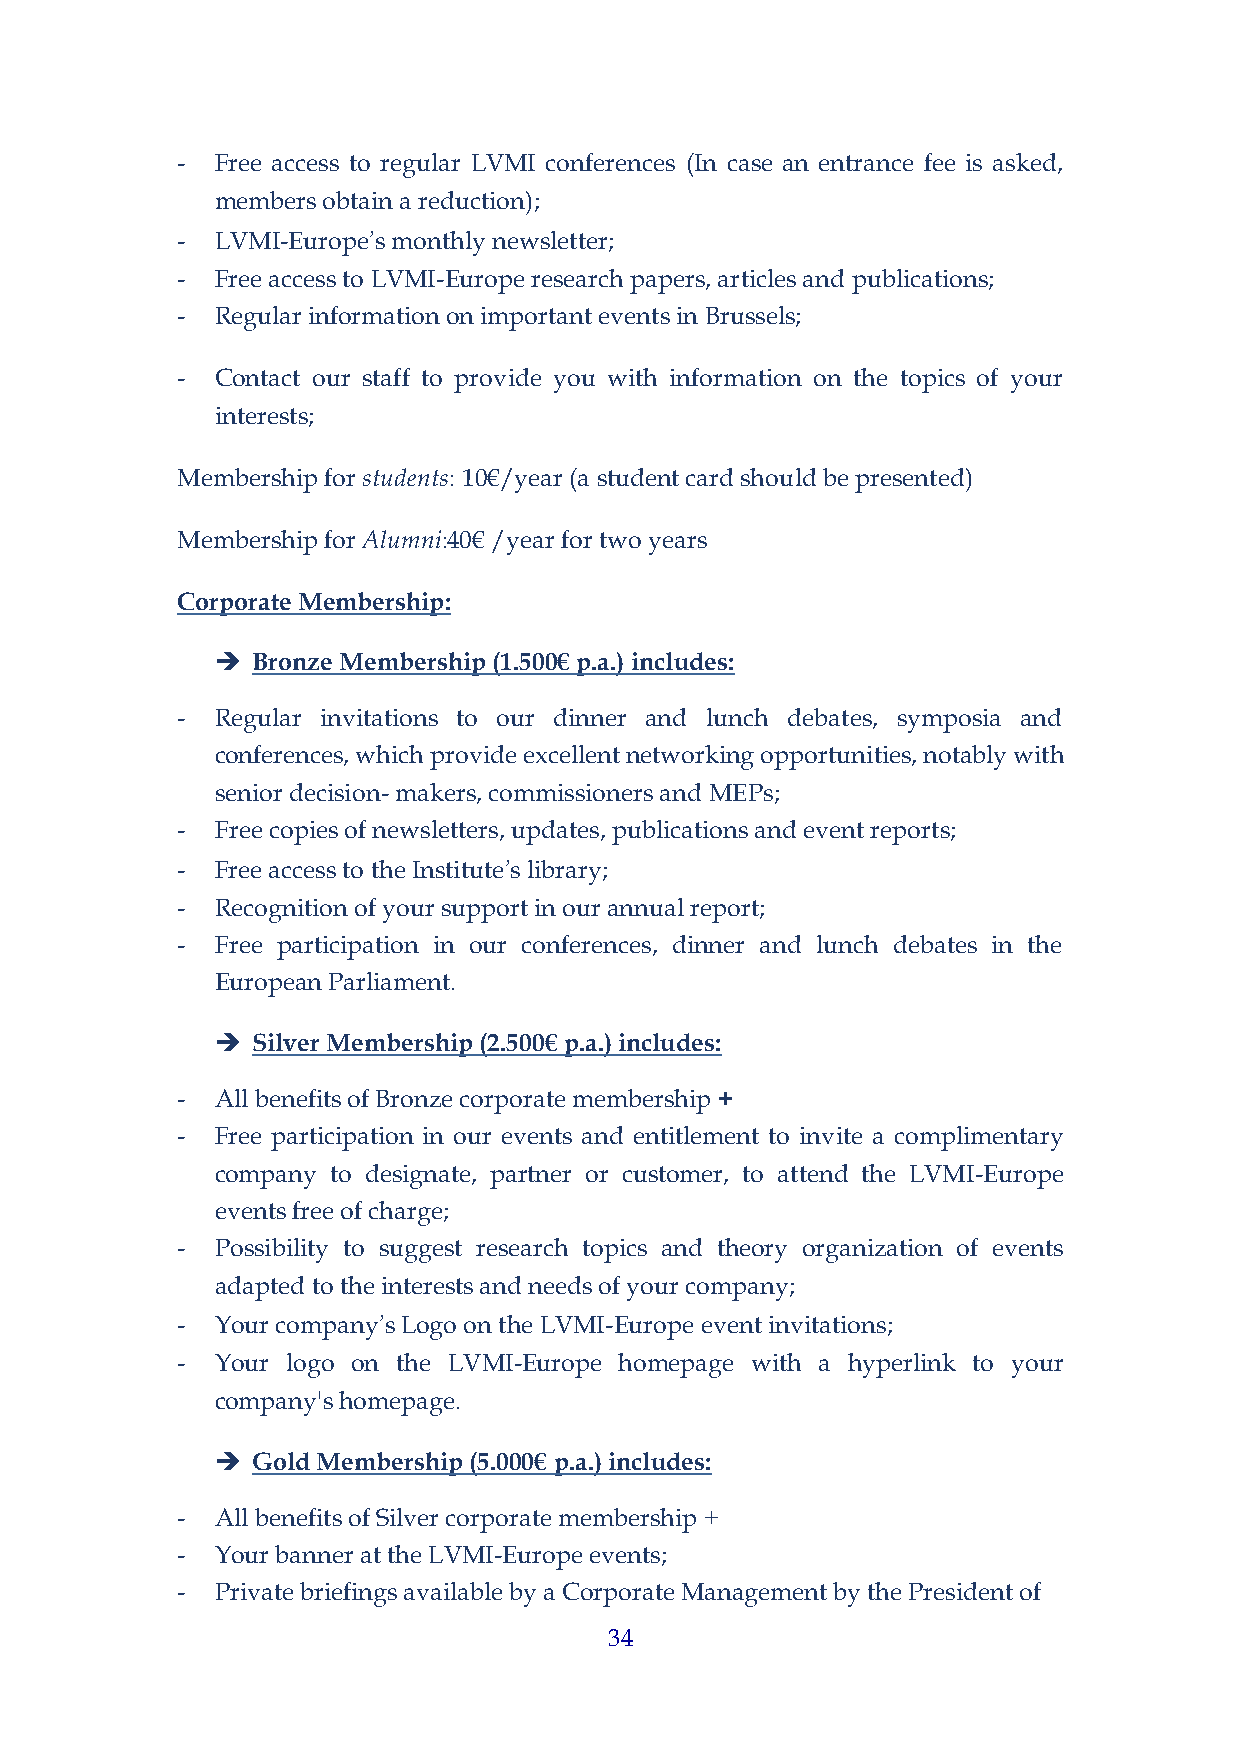
- Free access to regular LVMI conferences (In case an entrance fee is asked,
 members obtain a reduction);
 - LVMI-Europe’s monthly newsletter;
 - Free access to LVMI-Europe research papers, articles and publications;
 - Regular information on important events in Brussels;
 - Contact our staff to provide you with information on the topics of your
 interests;
 Membership for students: 10€/year (a student card should be presented)
 Membership for Alumni:40€ /year for two years
 Corporate Membership:
 ➔  Bronze Membership (1.500€ p.a.) includes:
 - Regular invitations to our dinner and lunch debates, symposia and
 conferences, which provide excellent networking opportunities, notably with
 senior decision- makers, commissioners and MEPs;
 - Free copies of newsletters, updates, publications and event reports;
 - Free access to the Institute’s library;
 - Recognition of your support in our annual report;
 - Free participation in our conferences, dinner and lunch debates in the
 European Parliament.
 ➔  Silver Membership (2.500€ p.a.) includes:
 - All benefits of Bronze corporate membership +
 - Free participation in our events and entitlement to invite a complimentary
 company to designate, partner or customer, to attend the LVMI-Europe
 events free of charge;
 - Possibility to suggest research topics and theory organization of events
 adapted to the interests and needs of your company;
 - Your company’s Logo on the LVMI-Europe event invitations;
 - Your logo on the LVMI-Europe homepage with a hyperlink to your
 company's homepage.
 ➔  Gold Membership (5.000€ p.a.) includes:
 - All benefits of Silver corporate membership +
 - Your banner at the LVMI-Europe events;
 - Private briefings available by a Corporate Management by the President of
 34